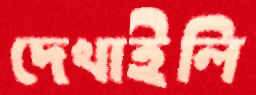
দেখাইলি